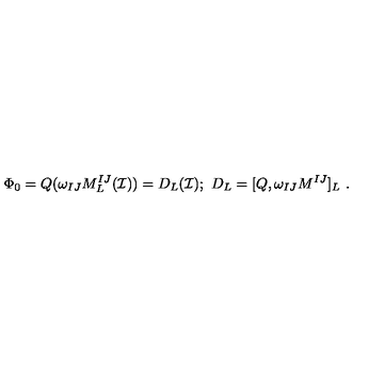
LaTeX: \Phi _ { 0 } = Q ( \omega _ { I J } M _ { L } ^ { I J } ( \mathcal { I } ) ) = D _ { L } ( \mathcal { I } ) ; \ D _ { L } = [ Q , \omega _ { I J } M ^ { I J } ] _ { L } \ .